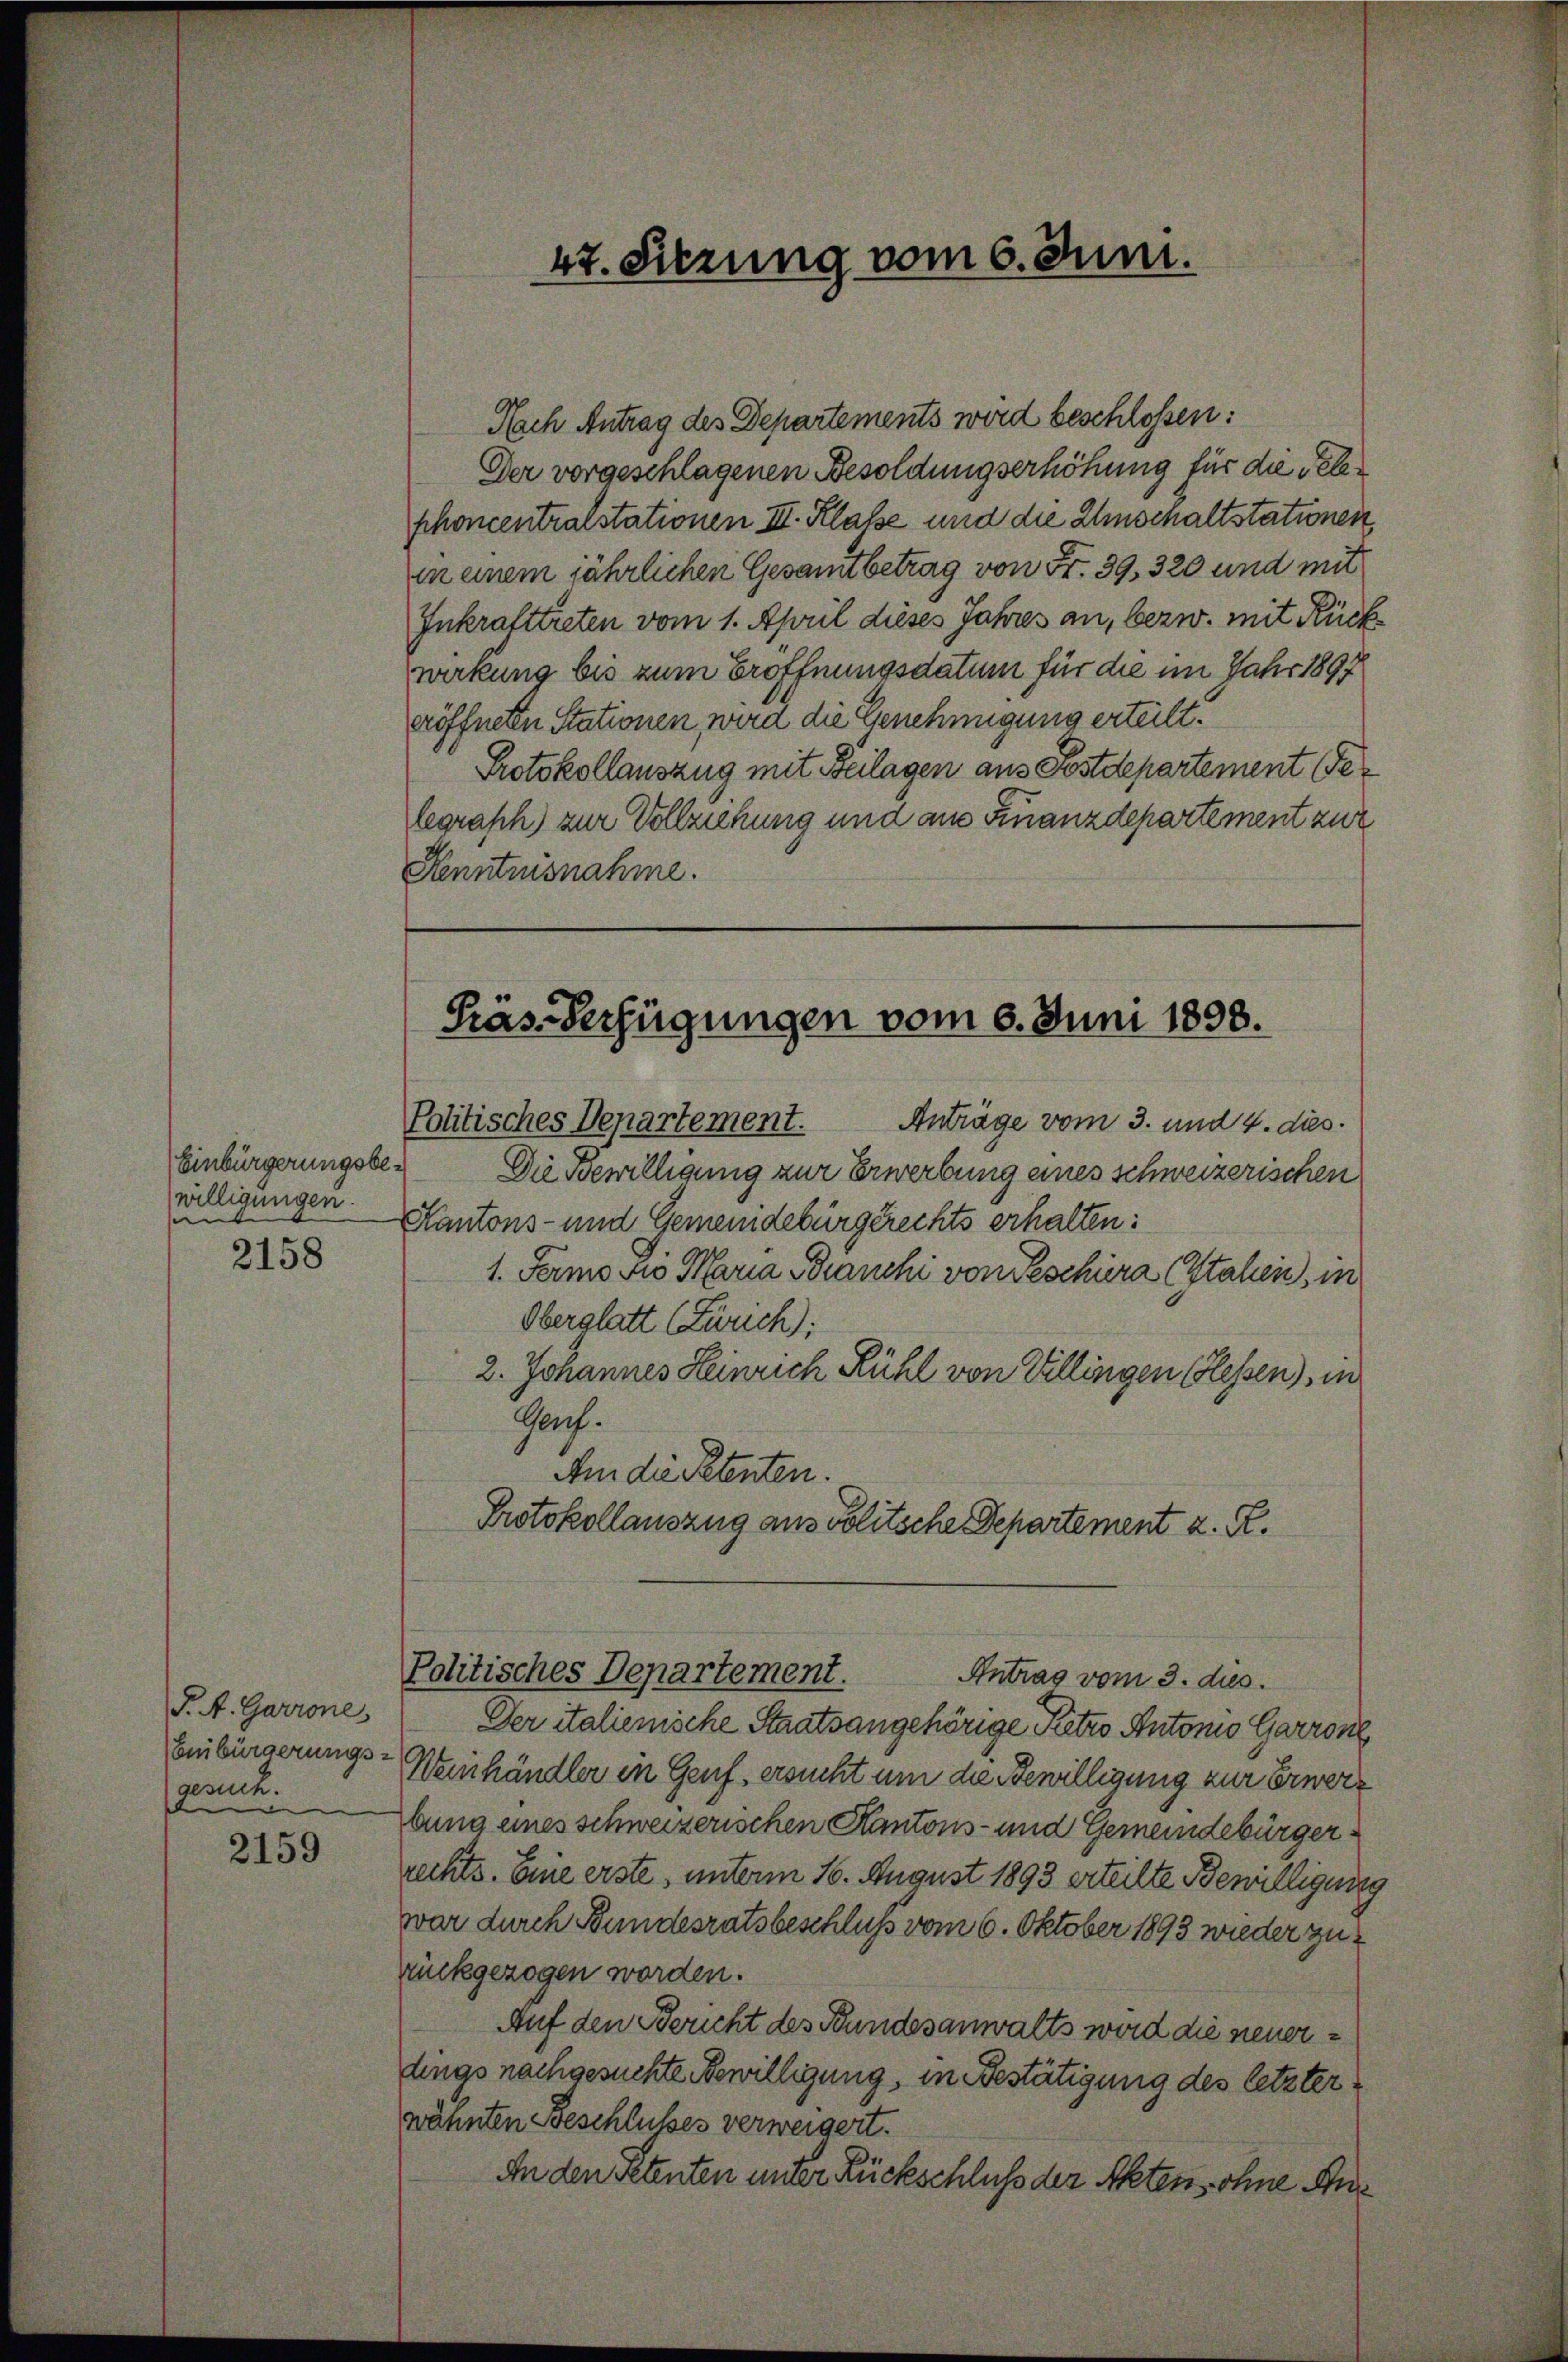
Einbürgerungsbewilligungen.
se

2158

P. A. Garrone,
gesuch

2159

Nach Antrag des Departements wird beschlossen:
Der vorgeschlagenen Besoldungserhöhung für die Teleshoncentralstationen III. Klasse und die Umschaltstationen
in einem jährlichen Gesamtbetrag von Fr. 39, 320 und mit
Inkrafttreten vom 1. April dieses Jahres an, bezw. mit Rück
wirkung bis zum Eröffnungsdatum für die im Jahr 1897
eröffneten Stationen wird die Genehmigung erteilt.
Protokollauszug mit Beilagen aus Postdepartement Gelegraph) zur Vollziehung und am Finanzdepartement zur
Kenntnisnahme.

47. Sitzung vom 6. Juni.

Präs-Verfügungen vom 6. Juni 1898.
Politisches Departement.
Anträge vom 3. und 4. dies

Die Bewilligung zur Erwerbung eines schweizerischen
Kantons- und Gemeindebürgerechts erhalten:
1. Fermo vio Maria Branchi von Teschira (Stahen, in
Oberglatt (Zürich);
2. Johannes Heinrich Rühl von Villingen (Hessen), in
Gauf.
Am die Petenten.
Protokollauszug aus Politsche Departement z. R.

Politisches Departement.
Antrag vom 3. dies

Der italieniche Staatsangehörige Ketzo Antonio Garrone
Einbürgerungs-Weinhändler in Genf, ersucht um die Bewilligung zur Erwerz
bung eines schweizerischen Kantons- und Gemeindebürgerrechts. Eine erste, unterm 16. August 1893 erteilte Bewilligung
war durch Bundesratsbeschluß vom 6. Oktober 1893 wieder zurückgezogen worden.
Auf den Bericht des Bundesanwalts wird die neuerdings nachgesuchte Bewilligung, in Bestätigung des letzterwähnten Beschlußes verweigert.
An den Petenten unter Rückschluß der Akten ohne An¬